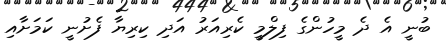
ބުނީ އެ ދެ މީހުންގެ ފިލްމީ ކެރިއަރު އަދި ކިރިޔާ ފެށުނީ ކަމަށާއި